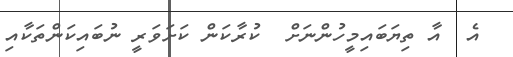
އެ  އާ ތިޔަބައިމީހުންނަށް  ކުރާކަން ކަށަވަރީ ނުބައިކަންތަކާއި